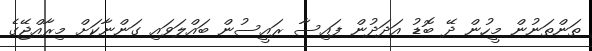
ތަންތަނުން މީހުން ދޭ ބޮޑު އަދަދުން ފައިސާ ރައީސުން ބައްލަވައި ގަންނާކަށް މިރާއްޖޭގެ